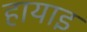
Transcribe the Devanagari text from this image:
हायाइ